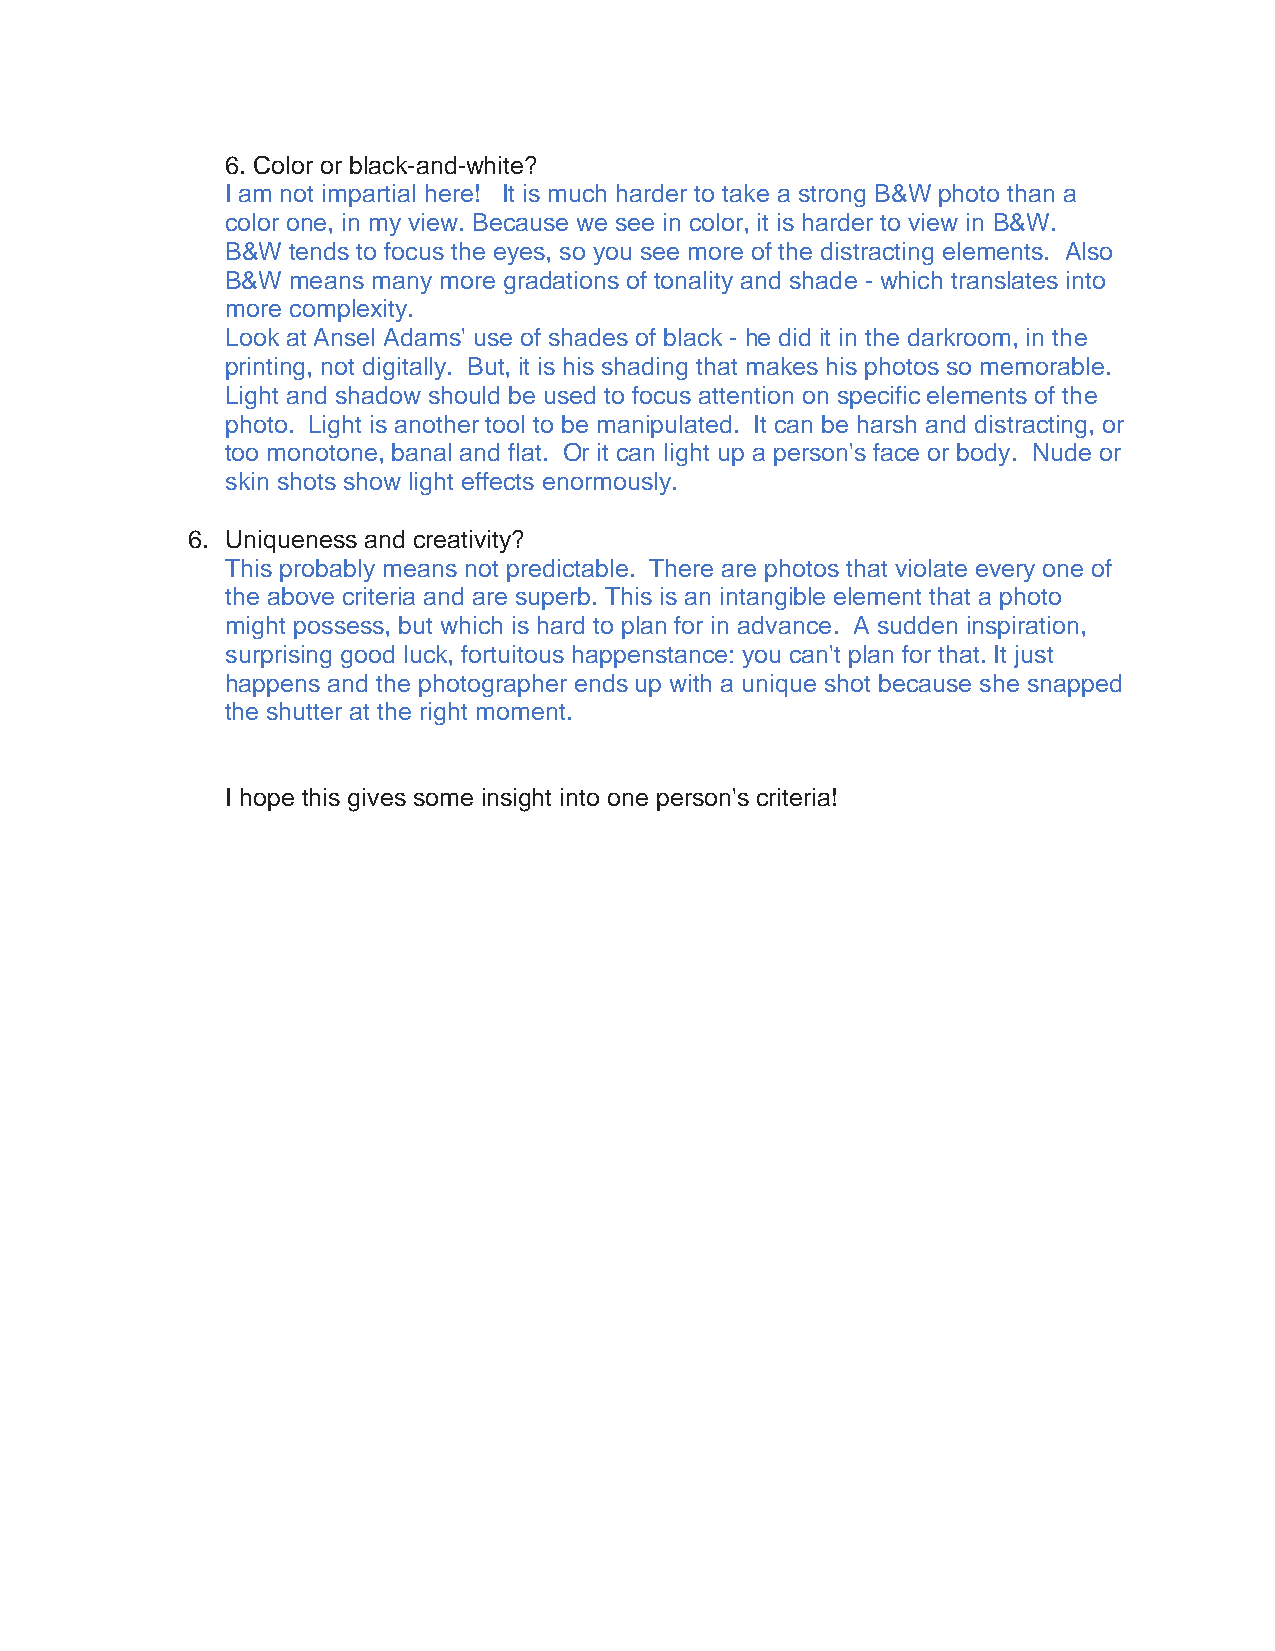
6. Color or black-and-white?
 I am not impartial here! It is much harder to take a strong B&W photo than a
 color one, in my view. Because we see in color, it is harder to view in B&W.
 B&W tends to focus the eyes, so you see more of the distracting elements. Also
 B&W means many more gradations of tonality and shade - which translates into
 more complexity.
 Look at Ansel Adams' use of shades of black - he did it in the darkroom, in the
 printing, not digitally. But, it is his shading that makes his photos so memorable.
 Light and shadow should be used to focus attention on specific elements of the
 photo. Light is another tool to be manipulated. It can be harsh and distracting, or
 too monotone, banal and flat. Or it can light up a person's face or body. Nude or
 skin shots show light effects enormously.
 6. Uniqueness and creativity?
 This probably means not predictable. There are photos that violate every one of
 the above criteria and are superb. This is an intangible element that a photo
 might possess, but which is hard to plan for in advance. A sudden inspiration,
 surprising good luck, fortuitous happenstance: you can't plan for that. It just
 happens and the photographer ends up with a unique shot because she snapped
 the shutter at the right moment.
 I hope this gives some insight into one person's criteria!